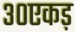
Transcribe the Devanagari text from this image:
३०एकड़